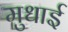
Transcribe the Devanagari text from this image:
मुधाई